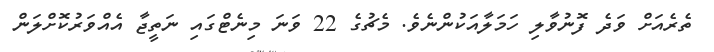
ތެރެއަށް ވަދެ ފޮނުވާލި ހަމަލާއަކުންނެވެ. މެޗުގެ 22 ވަނަ މިނެޓްގައި ނަތީޖާ އެއްވަރުކޮށްލަން